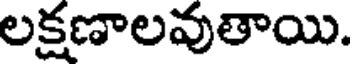
లక్షణాలవుతాయి.